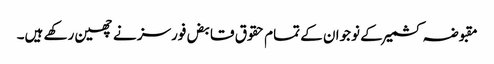
مقبوضہ کشمیر کے نوجوان کے تمام حقوق قابض فورسز نے چھین رکھے ہیں۔